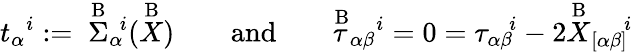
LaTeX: t_{\alpha}{}^{i}:=\; \stackrel{\mathrm{B}}{\Sigma}_{\alpha}{}^{\! i}(\stackrel{\mathrm{B}}{X})\qquad\mathrm{and}\qquad\stackrel{\mathrm{B}}{\tau}_{\alpha\beta}{}^{i}=0={\tau}_{\alpha\beta}{}^{\! i}-2\stackrel{\mathrm{B}}{X}_{[\alpha\beta]}{}^{\! i}